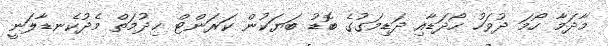
މާދަމާ ހޯމަ ދުވަހު ހޯދަޑާއި ދަޑިމަގުގެ ބޮޑު ބަޔަކުން ކަރަންޓް ޚިދުމަތް މެދުކެނޑާލަނީ